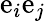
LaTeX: \mathrm{e}_{i}\mathrm{e}_{j}